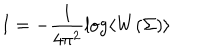
I = - \frac { 1 } { 4 \pi ^ { 2 } } \log \left< W ( \Sigma ) \right>